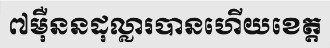
៧ម៉ឺននដុល្លារបានហើយខេត្ត